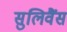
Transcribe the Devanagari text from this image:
सुलिवैंस